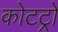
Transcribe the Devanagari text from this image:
कोटट्रो